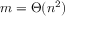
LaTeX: m = \Theta ( n ^ { 2 } )